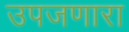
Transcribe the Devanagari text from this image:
उपजणारा